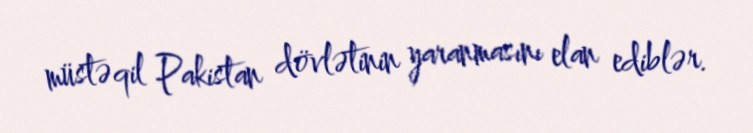
müstəqil Pakistan dövlətinin yaranmasını elan ediblər.